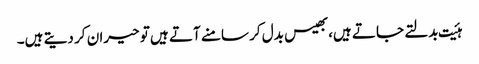
ہئیت بدلتے جاتے ہیں،بھیس بدل کر سامنے آتے ہیں تو حیران کر دیتے ہیں۔